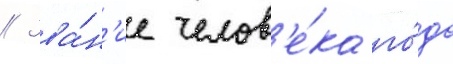
// Зва́н'ие челов'е́ка го́да